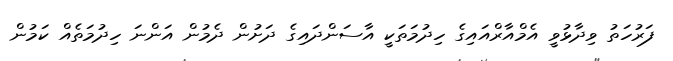
ފަރުހަތު ވިދާޅުވީ އެމްއާރްއައިގެ ހިދުމަތަކީ އާސަންދައިގެ ދަށުން ދެމުން އަންނަ ހިދުމަތެއް ކަމުން